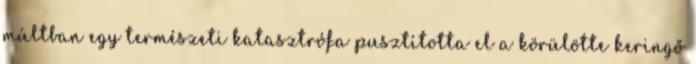
múltban egy természeti katasztrófa pusztította el a körülötte keringő